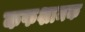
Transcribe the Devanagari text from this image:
कफशामक